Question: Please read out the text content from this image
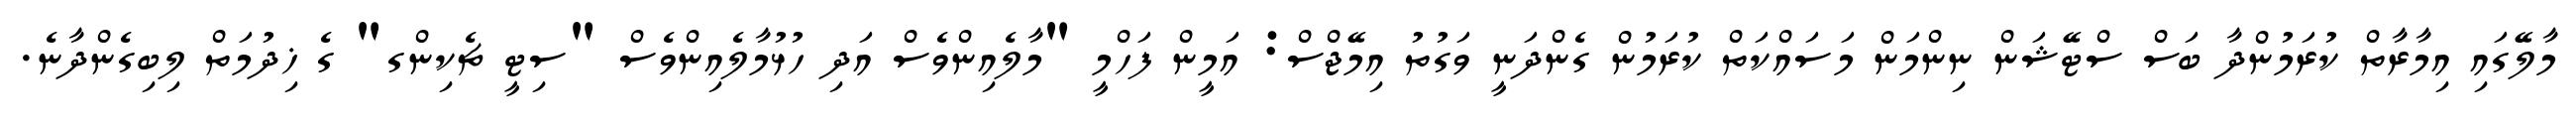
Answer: މާލޭގައި އިމާރާތް ކުރަމުންދާ ބަސް ސްޓޭޝަން ނިންމަން މަސައްކަތް ކުރަމުން ގެންދަނީ ވަގުތު އިމޭޖްސް: އަމީން ފަހްމީ "މާލެއިންވެސް އަދި ހުޅުމާލެއިންވެސް "ސިޓީ ޗެކިންގ" ގެ ޚިދުމަތް ލިބިގެންދާނެ.